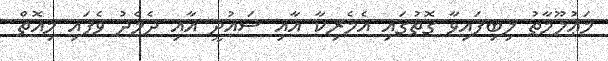
މަޢުލޫމާތު ލިބިފައިވާ ގޮތުގައި އެމެރިކާ އާއި ސައުދީ އާއި ދެމެދު ވެފައި މިއޮތް